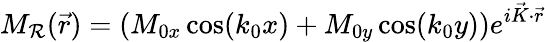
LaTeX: M_{\mathcal{R}}(\vec{{r}})=(M_{0x}\cos(k_{0}x)+M_{0y}\cos(k_{0}y))e^{i\vec{{K}}\cdot\vec{{r}}}